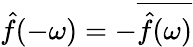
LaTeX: {\hat{f}}(-\omega)=-{\overline{{{\hat{f}}(\omega)}}}